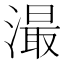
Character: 㵊